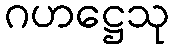
ဂဟဋ္ဌေသု